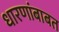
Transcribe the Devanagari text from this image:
धारणांबाबत